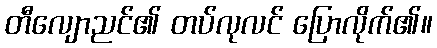
တီလျောညင်၏ တပ်လုလင် ပြောလိုက်၏။